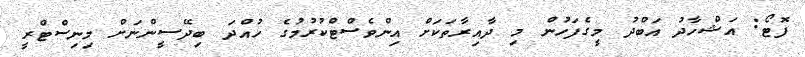
ފޮޓޯ: އަޝްހާދު އަބްދު މީގެފަހުން މި ދާއިރާތަކަށް އިންވެސްޓްކުރުމުގެ ހުއްދަ ބިދޭސީންނަށް މިނިސްޓްރީ